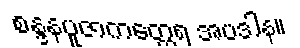
စန္ဒနပူဇာကတ္ထေရ အပဒါန။